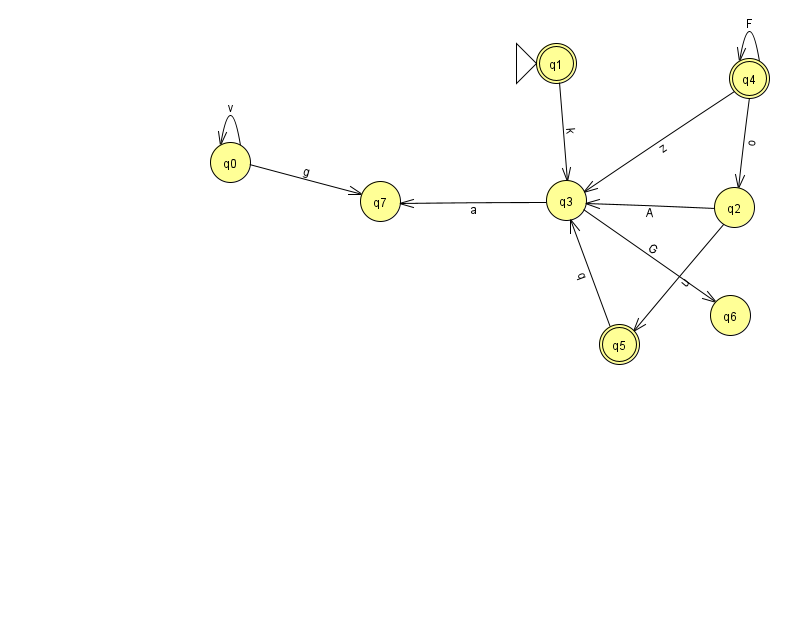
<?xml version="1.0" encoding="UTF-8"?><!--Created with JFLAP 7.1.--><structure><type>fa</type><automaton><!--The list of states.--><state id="0" name="q0"><x>230.0</x><y>149.0</y></state><state id="1" name="q1"><x>556.0</x><y>50.0</y><initial/><final/></state><state id="2" name="q2"><x>734.0</x><y>194.0</y></state><state id="3" name="q3"><x>566.0</x><y>187.0</y></state><state id="4" name="q4"><x>749.0</x><y>65.0</y><final/></state><state id="5" name="q5"><x>619.0</x><y>331.0</y><final/></state><state id="6" name="q6"><x>730.0</x><y>302.0</y></state><state id="7" name="q7"><x>380.0</x><y>188.0</y></state><!--The list of transitions.--><transition><from>5</from><to>3</to><read>q</read></transition><transition><from>2</from><to>5</to><read>u</read></transition><transition><from>2</from><to>3</to><read>A</read></transition><transition><from>0</from><to>0</to><read>v</read></transition><transition><from>4</from><to>4</to><read>F</read></transition><transition><from>3</from><to>6</to><read>G</read></transition><transition><from>0</from><to>7</to><read>g</read></transition><transition><from>1</from><to>3</to><read>k</read></transition><transition><from>4</from><to>2</to><read>o</read></transition><transition><from>4</from><to>3</to><read>z</read></transition><transition><from>3</from><to>7</to><read>a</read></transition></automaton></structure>